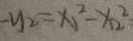
- y _ { 2 } = x _ { 1 } ^ { 2 } - x _ { 2 } ^ { 2 }